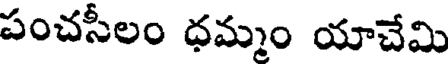
పంచసీలం ధమ్మం యాచేమి